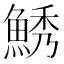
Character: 𱆯